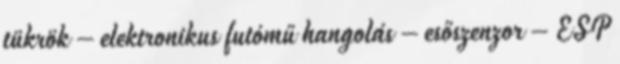
tükrök – elektronikus futómű hangolás – esőszenzor – ESP